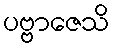
ပဗ္ဗာဇေသိ